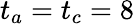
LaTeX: t_{a}=t_{c}=8